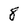
Character: 8